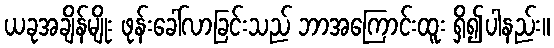
ယခုအချိန်မျိုး ဖုန်းခေါ်လာခြင်းသည် ဘာအကြောင်းထူး ရှိ၍ပါနည်း။